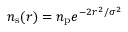
n _ { \mathrm { s } } ( r ) = n _ { \mathrm { p } } e ^ { - 2 r ^ { 2 } / \sigma ^ { 2 } }